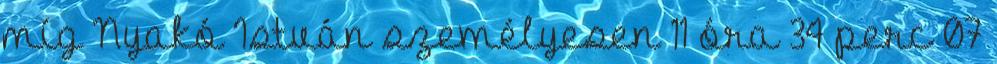
míg Nyakó István személyesen 11 óra 34 perc 07